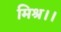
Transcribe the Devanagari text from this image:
मिश्र।।